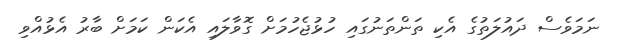
ނަމަވެސް ދައުލަތުގެ އެކި ތަންތަނުގައި ހުޅުޖެހުމަށް ގޮވާލައި އެކަން ކަމަށް ބާރު އެޅުއްވި